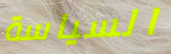
السياسة